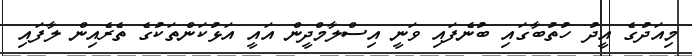
މިއަދުގެ އީދު ހުތުބާގައި ބުނެފައި ވަނީ އިސްލާމްދީން އައީ އަޅުކަންތަކުގެ ތެރެއިން ލާފައި